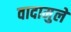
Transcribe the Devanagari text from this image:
वादामुले